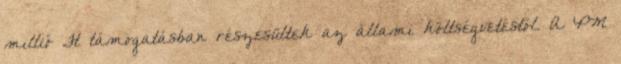
millió Ft támogatásban részesültek az állami költségvetéstől. A PM